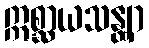
ဣစ္ဆာယသန္တျာ